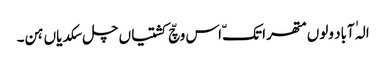
الہٰ آباد ولوں متھرا تکّ اس وچّ کشتیاں چل سکدیاں ہن۔